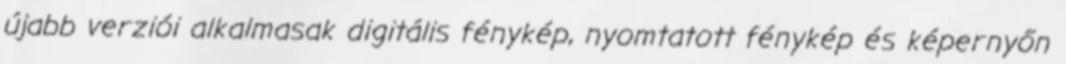
újabb verziói alkalmasak digitális fénykép, nyomtatott fénykép és képernyőn